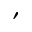
'